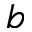
b